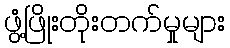
ဖွံ့ဖြိုးတိုးတက်မှုများ